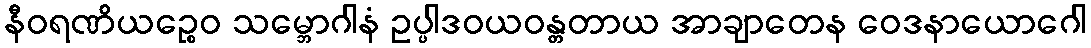
နီဝရဏိယဉ္စေဝ သမ္ဘောဂါနံ ဥပ္ပါဒဝယဝန္တတာယ အာချာတေန ဝေဒနာယောဂေါ